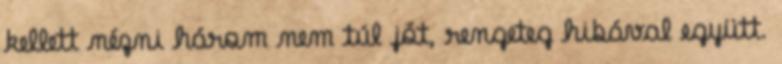
kellett nézni három nem túl jót, rengeteg hibával együtt.